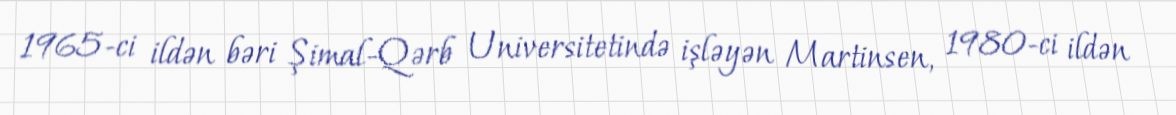
1965-ci ildən bəri Şimal-Qərb Universitetində işləyən Martinsen, 1980-ci ildən